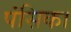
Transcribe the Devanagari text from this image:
पंसिका